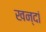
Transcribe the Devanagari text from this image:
खन्दां